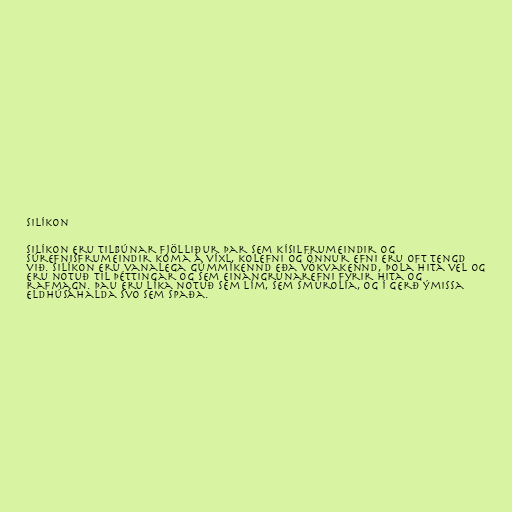
Silíkon

Silíkon eru tilbúnar fjölliður þar sem kísilfrumeindir og
súrefnisfrumeindir koma á víxl, kolefni og önnur efni eru oft tengd
við. Silíkon eru vanalega gúmmíkennd eða vökvakennd, þola hita vel og
eru notuð til þéttingar og sem einangrunarefni fyrir hita og
rafmagn. Þau eru líka notuð sem lím, sem smurolía, og í gerð ýmissa
eldhúsáhalda svo sem spaða.